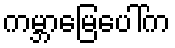
ကမ္ဘာမြေပေါ်က